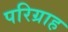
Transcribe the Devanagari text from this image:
परिग्राह